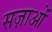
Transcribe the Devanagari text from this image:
सज़ाओं